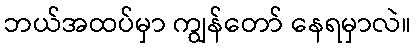
ဘယ်အထပ်မှာ ကျွန်တော် နေရမှာလဲ။